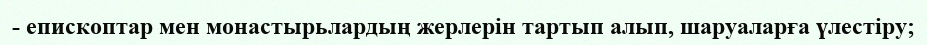
- епископтар мен монастырьлардың жерлерін тартып алып, шаруаларға үлестіру;